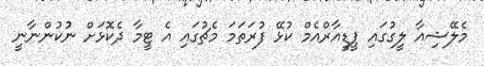
މެލޭޝިއާ ލީގުގައި ޕީޑީއާރްއެމް ކުޅޭ ފުރަތަމަ މެޗުގައި އެ ޓީމާ ދެކޮޅަށް ނުުކުންނާނީ